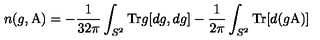
n ( g , \mathrm { \boldmath A } ) = - \frac { 1 } { 3 2 \pi } \int _ { S ^ { 2 } } \mathrm { T r } g [ d g , d g ] - \frac { 1 } { 2 \pi } \int _ { S ^ { 2 } } \mathrm { T r } [ d ( g \mathrm { \boldmath A } ) ]